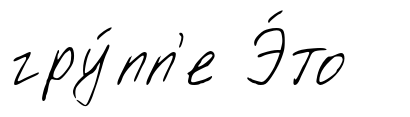
гру́пп'е Э́то